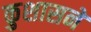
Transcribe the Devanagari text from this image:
कुशासने